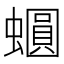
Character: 𧒪